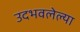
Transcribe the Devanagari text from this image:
उदभवलेल्या